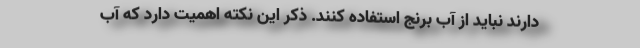
دارند نباید از آب برنج استفاده کنند. ذکر این نکته اهمیت دارد که آب